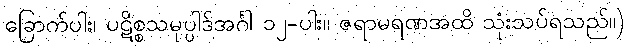
ခြောက်ပါး၊ ပဋိစ္စသမုပ္ပါဒ်အင်္ဂါ ၁၂-ပါး။ ဇရာမရဏအထိ သုံးသပ်ရသည်။)